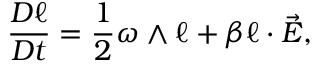
\frac { D \boldsymbol { \ell } } { D t } = \frac { 1 } { 2 } \boldsymbol { \omega } \wedge \boldsymbol { \ell } + \beta \boldsymbol { \ell } \cdot \vec { E } ,